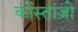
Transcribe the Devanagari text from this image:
कोंस्तांज़ो